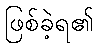
ဖြစ်ခဲ့ရ၏